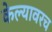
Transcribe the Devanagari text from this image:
केल्यावरच